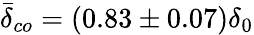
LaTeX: \bar{\delta}_{co}=(0.83\pm 0.07)\delta_{0}